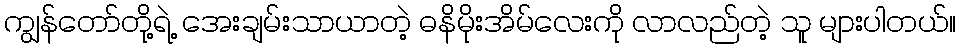
ကျွန်တော်တို့ရဲ့ အေးချမ်းသာယာတဲ့ ဓနိမိုးအိမ်လေးကို လာလည်တဲ့ သူ များပါတယ်။